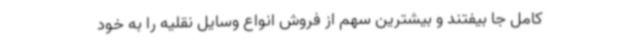
کامل جا بیفتند و بیشترین سهم از فروش انواع وسایل نقلیه را به خود